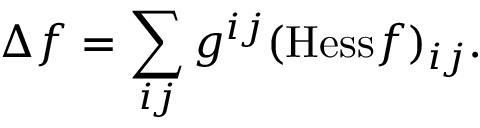
\Delta f = \sum _ { i j } g ^ { i j } ( { \mathrm { H e s s } } f ) _ { i j } .